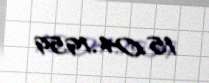
15.04.1959